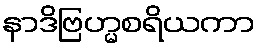
နာဒိဗြဟ္မစရိယကာ